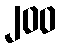
၂၀၀